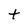
Character: t